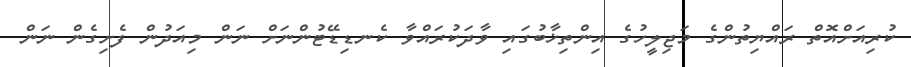
ކުރިއަށްއޮތް ރައްޔިތުންގެ މަޖިލީހުގެ އިންތިޚާބުގައި ވާދަކުރައްވާ ކެނޑިޑޭޓުންނަށް ނަން މިއަދުން ފެށިގެން ނަން